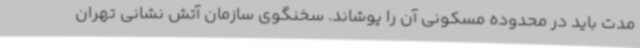
مدت باید در محدوده مسکونی آن را پوشاند. سخنگوی سازمان آتش نشانی تهران